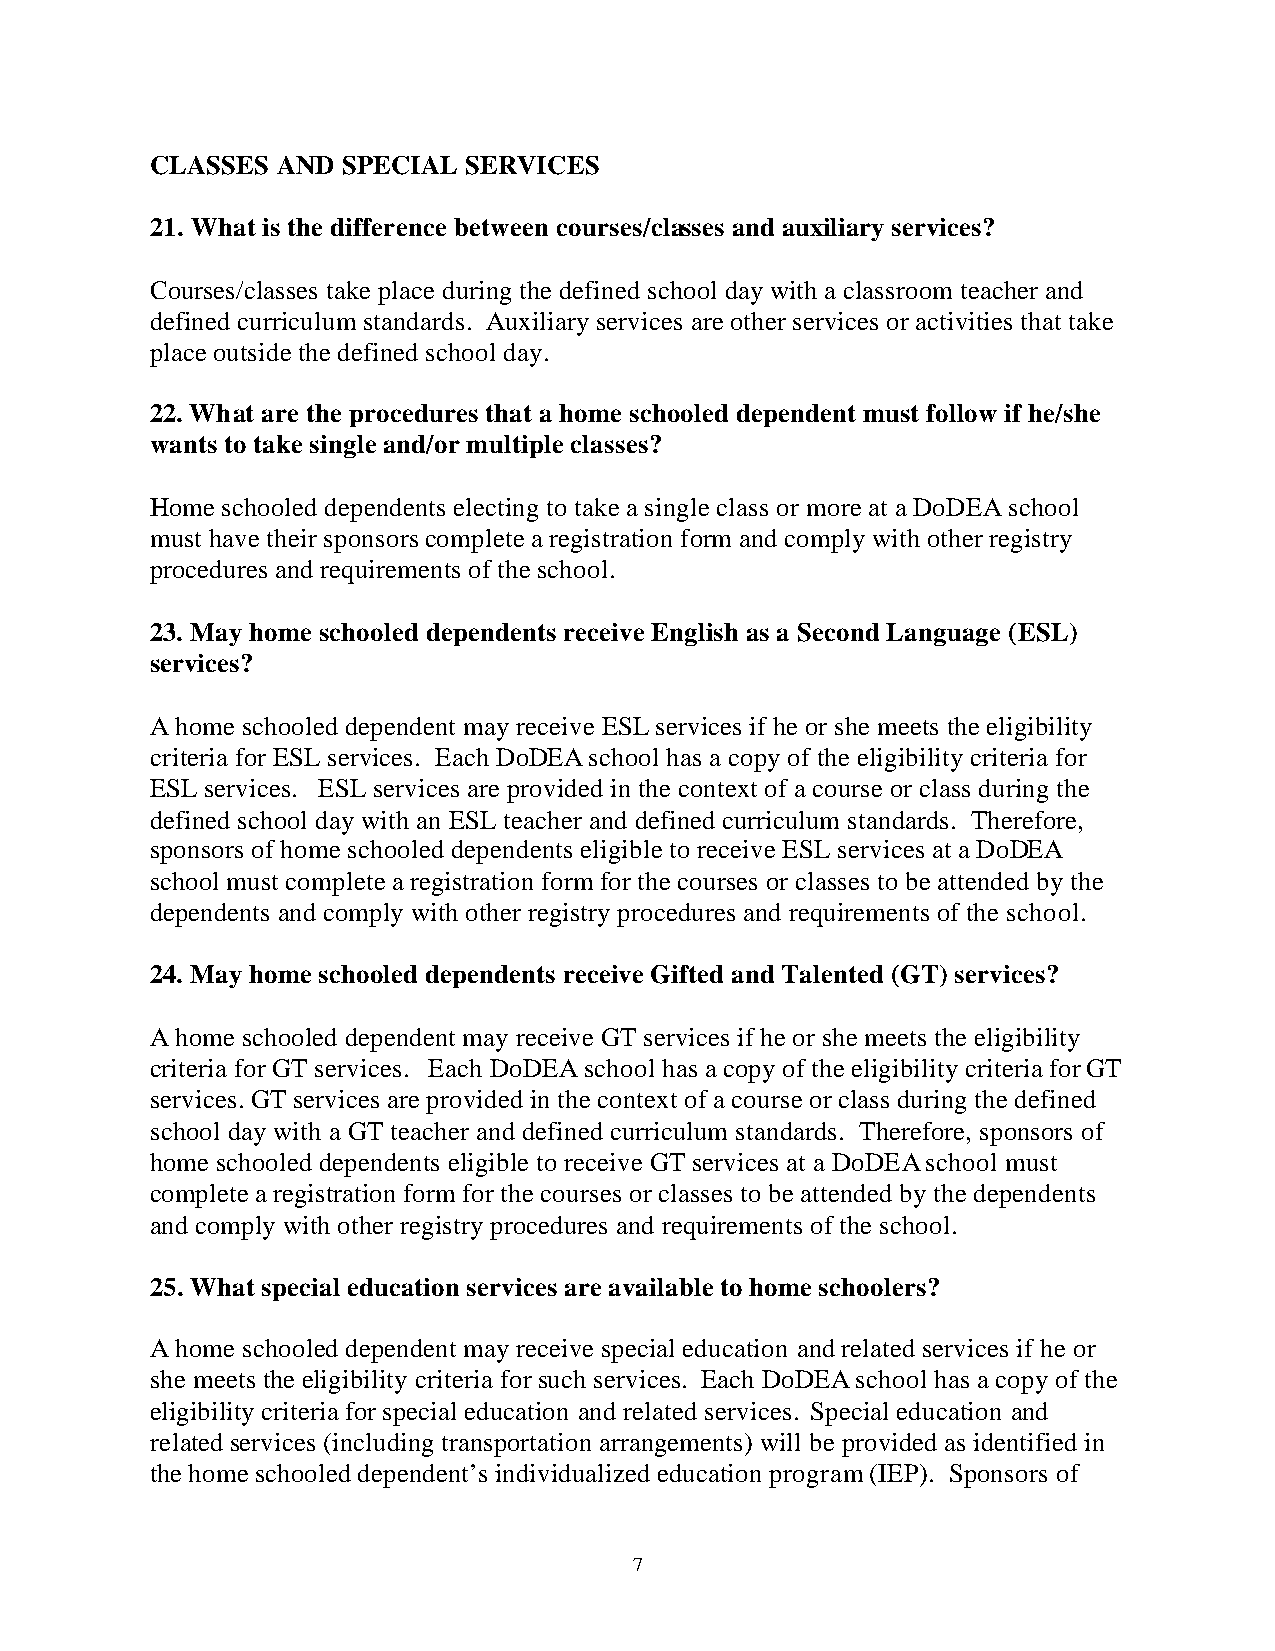
CLASSES AND  SPECIAL SERVICES
 21. What is the difference between courses/classes and auxiliary services?
 Courses/classes take place during the defined school day with a classroom teacher and
 defined curriculum standards. Auxiliary services are other services or activities that take
 place outside the defined school day.
 22. What are the procedures that a home schooled dependent must follow if he/she
 wants to take single and/or multiple classes?
 Home schooled dependents electing to take a single class or more at a DoDEA school
 must have their sponsors complete a registration form and comply with other registry
 procedures and requirements of the school.
 23. May home schooled dependents receive English as a Second Language (ESL)
 services?
 A home schooled dependent may receive ESL services if he or she meets the eligibility
 criteria for ESL services. Each DoDEA school has a copy of the eligibility criteria for
 ESL services. ESL services are provided in the context of a course or class during the
 defined school day with an ESL teacher and defined curriculum standards. Therefore,
 sponsors of home schooled dependents eligible to receive ESL services at a DoDEA
 school must complete a registration form for the courses or classes to be attended by the
 dependents and comply with other registry procedures and requirements of the school.
 24. May home schooled dependents receive Gifted and Talented (GT) services?
 A home schooled dependent may receive GT services if he or she meets the eligibility
 criteria for GT services. Each DoDEA school has a copy of the eligibility criteria for GT
 services. GT services are provided in the context of a course or class during the defined
 school day with a GT teacher and defined curriculum standards. Therefore, sponsors of
 home schooled dependents eligible to receive GT services at a DoDEA school must
 complete a registration form for the courses or classes to be attended by the dependents
 and comply with other registry procedures and requirements of the school.
 25. What special education services are available to home schoolers?
 A home schooled dependent may receive special education and related services if he or
 she meets the eligibility criteria for such services. Each DoDEA school has a copy of the
 eligibility criteria for special education and related services. Special education and
 related services (including transportation arrangements) will be provided as identified in
 the home schooled dependent’s individualized education program (IEP). Sponsors of
 7